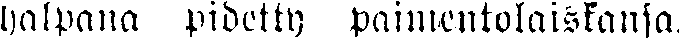
halpana pidetty paimentolaiskansa.